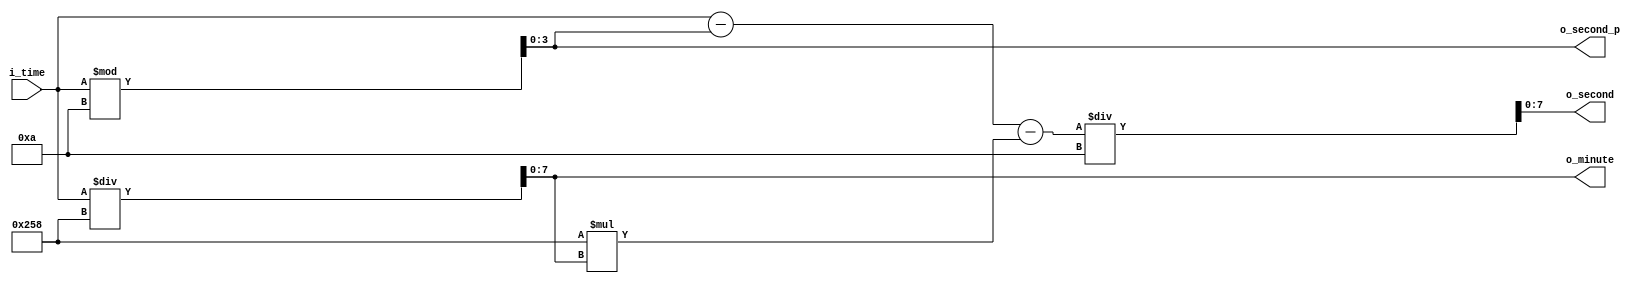
module get_time(
	i_time,
	o_minute,
	o_second,
	o_second_p,
);

input [15:0] i_time;
output [7:0] o_minute;
output [7:0] o_second;
output [3:0] o_second_p;

reg [7:0] o_minute;
reg [7:0] o_second;
reg [3:0] o_second_p;

always @ (i_time) begin
	o_second_p <= i_time % 16'd10;
	o_minute <= i_time / 16'd600; 
	o_second <= (i_time - o_second_p - 10'd600 * o_minute) / 4'd10;
end

endmodule